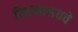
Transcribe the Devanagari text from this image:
फिल्मालयचे